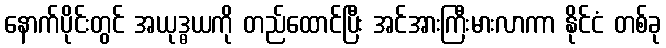
နောက်ပိုင်းတွင် အယုဒ္ဓယကို တည်ထောင်ပြီး အင်အားကြီးမားလာကာ နိုင်ငံ တစ်ခု